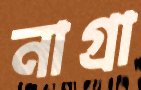
নাগ্রা